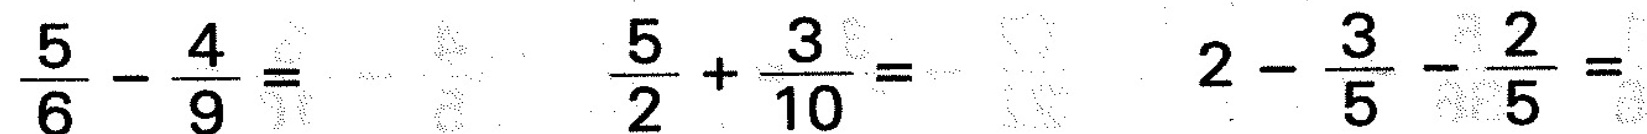
$$\frac { 5 } { 6 } - \frac { 4 } { 9 } =$$ $$\frac { 5 } { 2 } + \frac { 3 } { 1 0 } =$$ $$2 - \frac { 3 } { 5 } - \frac { 2 } { 5 } =$$